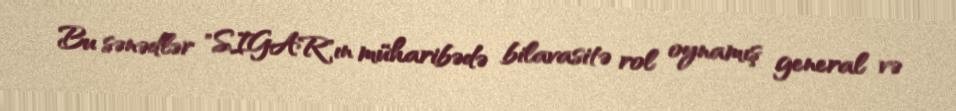
Bu sənədlər "SIGAR"ın müharibədə bilavasitə rol oynamış general və